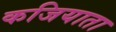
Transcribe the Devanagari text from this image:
कजियाता